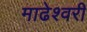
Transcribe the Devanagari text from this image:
माढेश्वरी